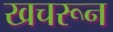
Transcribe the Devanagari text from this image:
खचरून